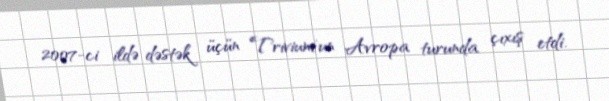
2007-ci ildə dəstək üçün Trivium'un Avropa turunda çıxış etdi.